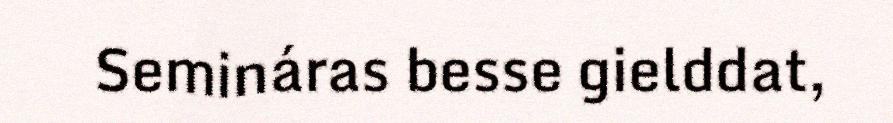
Semináras besse gielddat,